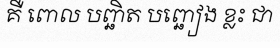
គឺ ពោល បញ្ឆិត បញ្ឆៀង ខ្លះ ជា